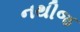
નથીજ